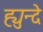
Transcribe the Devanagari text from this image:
ह्युन्दे